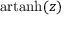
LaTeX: \operatorname { a r t a n h } ( z )